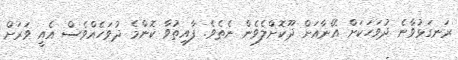
ރަނގަޅުވާނެ ދުވަހަކަށް އޭނާއަށް ދޫކޮށްލެވެން ނެތެވެ. ފާއިތުވާ ކޮންމެ ދުވަހެއްވެސް އެއީ ވަރަށް